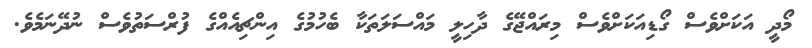
މޯދީ އަކަށްވެސް ގޯޑިއަކަށްވެސް މިރައްޖޭގެ ދާހިލީ މައްސަލަތަކާ ބެހުމުގެ އިންޗިއެއްގެ ފުރްސަތުވެސް ނުދޭނަމެވެ.